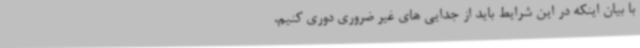
با بیان اینکه در این شرایط باید از جدایی های غیر ضروری دوری کنیم،